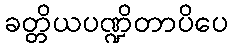
ခတ္တိယပဏ္ဍိတာပိပေ